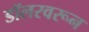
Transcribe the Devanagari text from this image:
डॉलरवरून